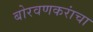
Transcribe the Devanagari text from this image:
बोरवणकरांचा